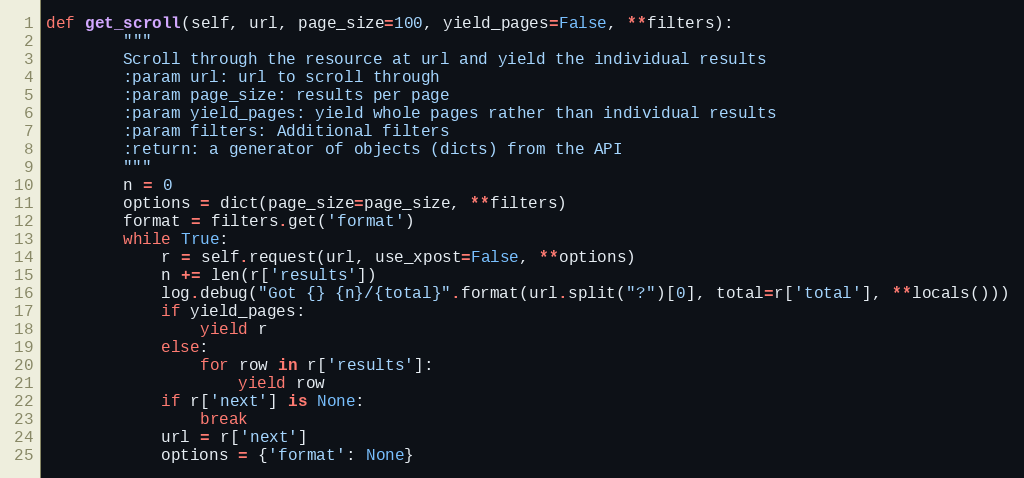
Language: Python
def get_scroll(self, url, page_size=100, yield_pages=False, **filters):
        """
        Scroll through the resource at url and yield the individual results
        :param url: url to scroll through
        :param page_size: results per page
        :param yield_pages: yield whole pages rather than individual results
        :param filters: Additional filters
        :return: a generator of objects (dicts) from the API
        """
        n = 0
        options = dict(page_size=page_size, **filters)
        format = filters.get('format')
        while True:
            r = self.request(url, use_xpost=False, **options)
            n += len(r['results'])
            log.debug("Got {} {n}/{total}".format(url.split("?")[0], total=r['total'], **locals()))
            if yield_pages:
                yield r
            else:
                for row in r['results']:
                    yield row
            if r['next'] is None:
                break
            url = r['next']
            options = {'format': None}